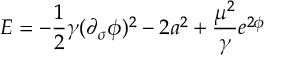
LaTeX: E = - \frac { 1 } 2 { \gamma } ( \partial _ { \sigma } \phi ) ^ { 2 } - 2 a ^ { 2 } + \frac { \mu ^ { 2 } } { \gamma } e ^ { 2 \phi }